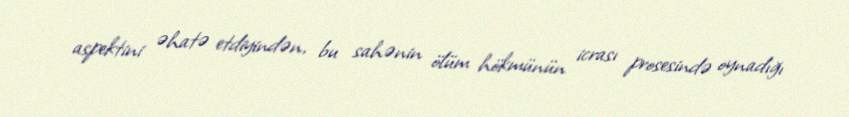
aspektini əhatə etdiyindən, bu sahənin ölüm hökmünün icrası prosesində oynadığı